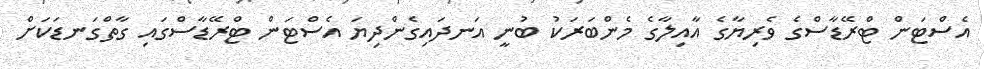
އެސްޓަން ޓްރޭޑާސްގެ ވެރިޔާގެ އާއިލާގެ މެންބަރަކު ބުނީ އަނދައިގެންދިޔަ އެސްޓަން ޓްރޭޑާސްގައި ގާތްގަނޑަކަށް